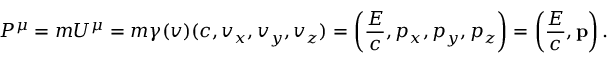
P ^ { \mu } = m U ^ { \mu } = m \gamma ( v ) ( c , v _ { x } , v _ { y } , v _ { z } ) = \left( { \frac { E } { c } } , p _ { x } , p _ { y } , p _ { z } \right) = \left( { \frac { E } { c } } , \mathbf { p } \right) .